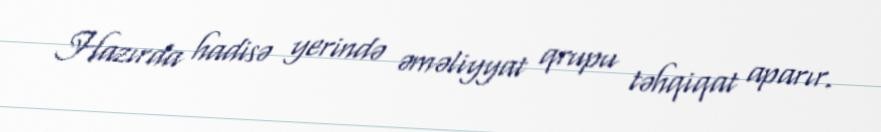
Hazırda hadisə yerində əməliyyat qrupu təhqiqat aparır.